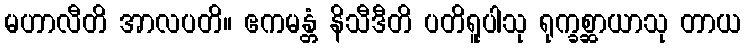
မဟာလီတိ အာလပတိ။ ဧကမန္တံ နိသီဒီတိ ပတိရူပါသု ရုက္ခစ္ဆာယာသု တာယ